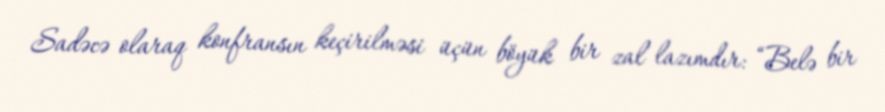
Sadəcə olaraq konfransın keçirilməsi üçün böyük bir zal lazımdır: “Belə bir